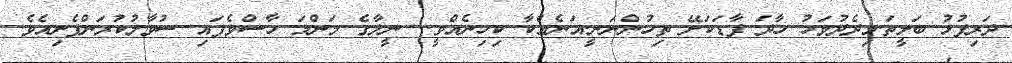
ދަރިފުޅު ބަލީތަ.މިދެދުވަހު ހާދަ ފާޑަކަށޭ ތިހުންނަނީ.އަނެއްކާ ކިހިނެއްވީ.. ނީލާގެ މަންމަ ހާސްވެފައި ސުވާލުކުރަންފެށިއެވެ.